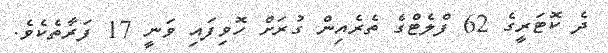
ދެ ކޮޓަރީގެ 62 ފްލެޓްގެ ތެރެއިން ގުރަށް ހޮވިފައި ވަނީ 17 ފަރާތެކެވެ.